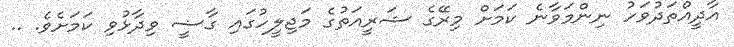
އާދީއްތަދުވަހު ނިންމަވާނެ ކަމަށް މިރޭގެ ޝަރީއަތުގެ މަޖިލީހުގައި ގާޟީ ވިދާޅުވި ކަމަށެވެ. ..